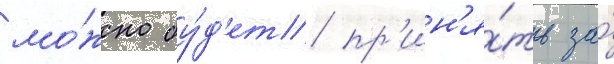
мо́жно бу́д'ет пр'ин'я́ть за́